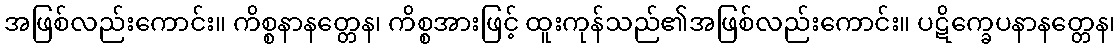
အဖြစ်လည်းကောင်း။ ကိစ္စနာနတ္တေန၊ ကိစ္စအားဖြင့် ထူးကုန်သည်၏အဖြစ်လည်းကောင်း။ ပဋိက္ခေပနာနတ္တေန၊